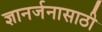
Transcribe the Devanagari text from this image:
ज्ञानर्जनासाठी